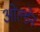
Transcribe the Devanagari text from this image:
ओल्डेन